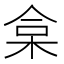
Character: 𣑠